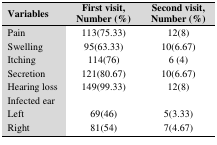
| Variables | First visit,Number (%) | Second visit,Number (%) |
 | --- | --- | --- |
 | Pain | 113(75.33) | 12(8) |
 | Swelling | 95(63.33) | 10(6.67) |
 | Itching | 114(76) | 6 (4) |
 | Secretion | 121(80.67) | 10(6.67) |
 | Hearing loss | 149(99.33) | 12(8) |
 | Infected ear |  |  |
 | Left | 69(46) | 5(3.33) |
 | Right | 81(54) | 7(4.67) |